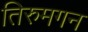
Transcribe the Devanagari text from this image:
तिरुमगन